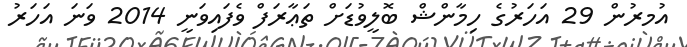
އުމރުން 29 އަހަރުގެ ހިމާންޝް ބޮލީވުޑަށް ތަޢާރަފް ވެފައިވަނީ 2014 ވަނަ އަހަރު